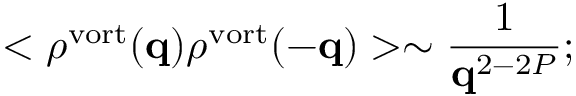
< \rho ^ { \mathrm { v o r t } } ( { \bf q } ) \rho ^ { \mathrm { v o r t } } ( { \bf - q } ) > \sim \frac { 1 } { { \bf q } ^ { 2 - 2 P } } ;